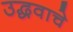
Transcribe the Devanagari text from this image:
उद्धवाचे